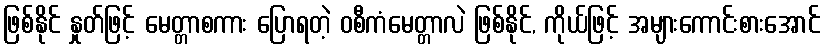
ဖြစ်နိုင် နှုတ်ဖြင့် မေတ္တာစကား ပြောရတဲ့ ဝစီကံမေတ္တာလဲ ဖြစ်နိုင်, ကိုယ်ဖြင့် အများကောင်းစားအောင်